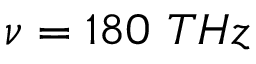
\nu = 1 8 0 ~ T H z